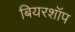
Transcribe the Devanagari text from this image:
बियरशॉप